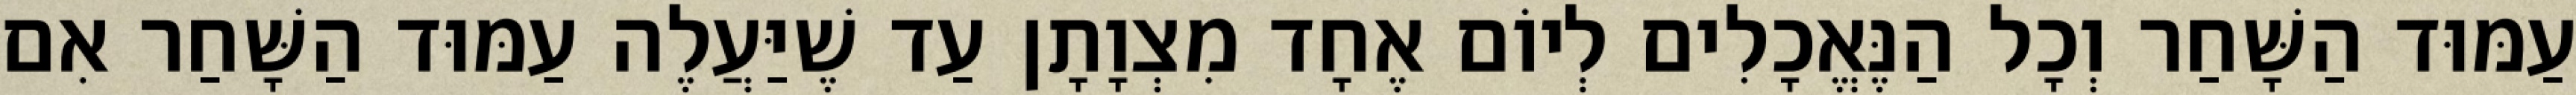
עַמּוּד הַשָּׁחַר וְכָל הַנֶּאֱכָלִים לְיוֹם אֶחָד מִצְוָתָן עַד שֶׁיַּעֲלֶה עַמּוּד הַשָּׁחַר אִם